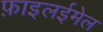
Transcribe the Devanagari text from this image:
फ़ाइलईमेल